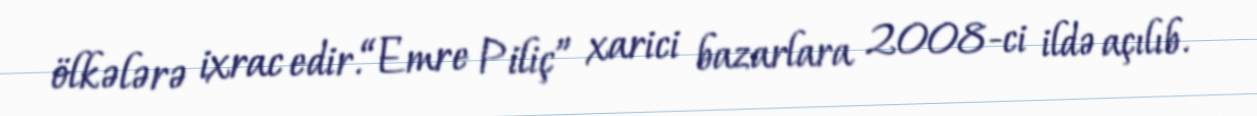
ölkələrə ixrac edir.“Emre Piliç” xarici bazarlara 2008-ci ildə açılıb.